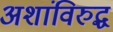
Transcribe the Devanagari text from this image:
अशांविरुद्ध